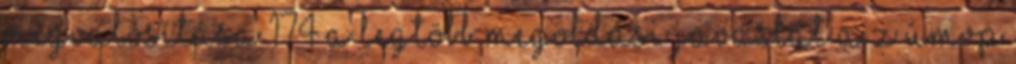
megvalósítása 174 A legtöbb megoldási javaslat a z ÚMVP